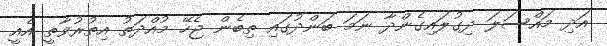
އަދި މައްސަލަ ދިގުލައިގެންދާ ނަމަ ބަންދުގައި ތިބެން ޖެހޭ މުއްދަތު އިތުރުވާތީ އެއީ